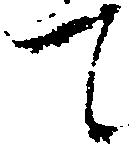
て